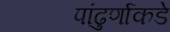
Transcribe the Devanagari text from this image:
पांढुर्णाकडे